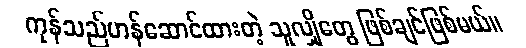
ကုန်သည်ဟန်ဆောင်ထားတဲ့ သူလျှိုတွေ ဖြစ်ချင်ဖြစ်မယ်။